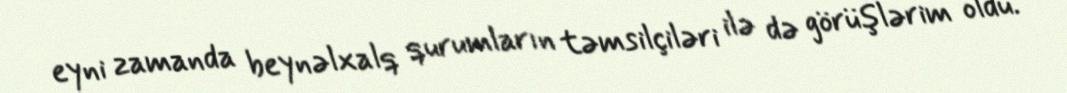
eyni zamanda beynəlxalq qurumların təmsilçiləri ilə də görüşlərim oldu.